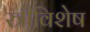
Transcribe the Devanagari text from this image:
स्त्रीविशेष